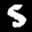
Label: 5